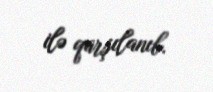
ilə qarşılanıb.